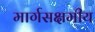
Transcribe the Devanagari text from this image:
मार्गसक्षमीय